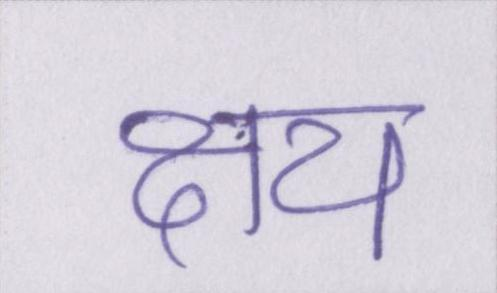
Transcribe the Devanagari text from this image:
क्षय